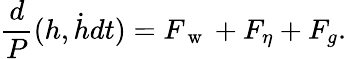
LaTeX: \frac{d}P(h,\dot{h}{dt})=F_{\mathrm{~w~}}+F_{\eta}+F_{g}.